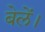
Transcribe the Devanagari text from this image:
बेलें।